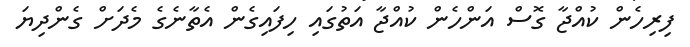
ފިރިހެން ކުއްޖާ ގޮސް އަންހެން ކުއްޖާ އަތުގައި ހިފައިގެން އެތާނެގެ މެދަށް ގެންދިޔަ